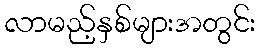
လာမည့်နှစ်များအတွင်း